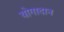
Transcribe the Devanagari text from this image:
योगादान